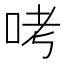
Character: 𠱼